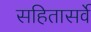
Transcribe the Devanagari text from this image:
सहितासर्वे